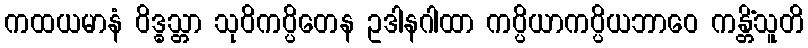
ကထယမာနံ ဝိဒ္ဓသ္တာ သုဝိကပ္ပိတေန ဥဒါနဂါထာ ကပ္ပိယာကပ္ပိယဘာဝေ ကန္တိံသူတိ